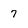
Character: 7